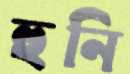
হুনি